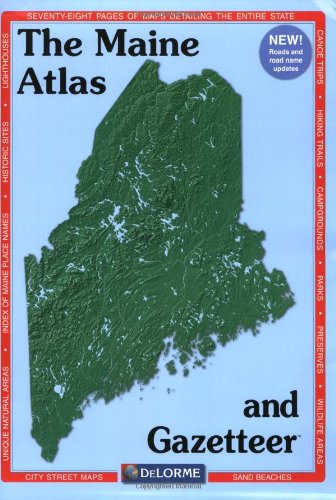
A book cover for Maine Atlas & Gazetteer; Delorme; Reference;